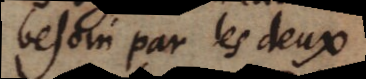
besoin par les deux